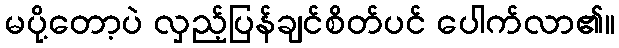
မပို့တော့ပဲ လှည့်ပြန်ချင်စိတ်ပင် ပေါက်လာ၏။